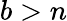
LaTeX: b>n